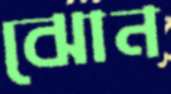
ঝোন